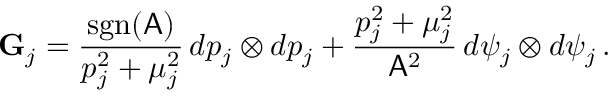
\mathbf { G } _ { j } = \frac { \mathrm { s g n } ( \mathsf { A } ) } { p _ { j } ^ { 2 } + \mu _ { j } ^ { 2 } } \, d p _ { j } \otimes d p _ { j } + \frac { p _ { j } ^ { 2 } + \mu _ { j } ^ { 2 } } { \mathsf { A } ^ { 2 } } \, d \psi _ { j } \otimes d \psi _ { j } \, .